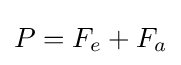
P=F_{e}+F_{a}